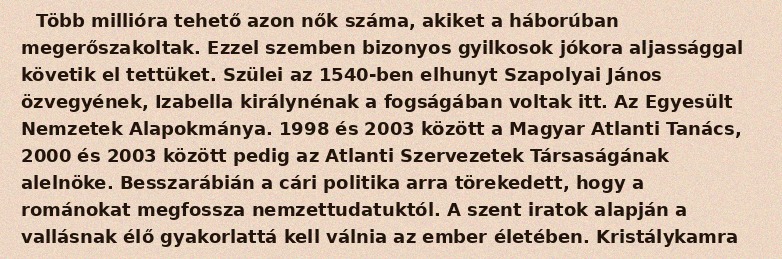
Több millióra tehető azon nők száma, akiket a háborúban megerőszakoltak. Ezzel szemben bizonyos gyilkosok jókora aljassággal követik el tettüket. Szülei az 1540-ben elhunyt Szapolyai János özvegyének, Izabella királynénak a fogságában voltak itt. Az Egyesült Nemzetek Alapokmánya. 1998 és 2003 között a Magyar Atlanti Tanács, 2000 és 2003 között pedig az Atlanti Szervezetek Társaságának alelnöke. Besszarábián a cári politika arra törekedett, hogy a románokat megfossza nemzettudatuktól. A szent iratok alapján a vallásnak élő gyakorlattá kell válnia az ember életében. Kristálykamra